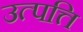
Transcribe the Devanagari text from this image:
उत्पत्ति